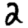
Digit: 2